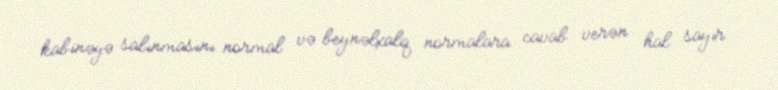
kabinəyə salınmasını normal və beynəlxalq normalara cavab verən hal sayır: